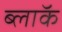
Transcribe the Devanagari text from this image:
ब्लाॅक